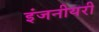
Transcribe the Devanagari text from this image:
इंजनीयरी